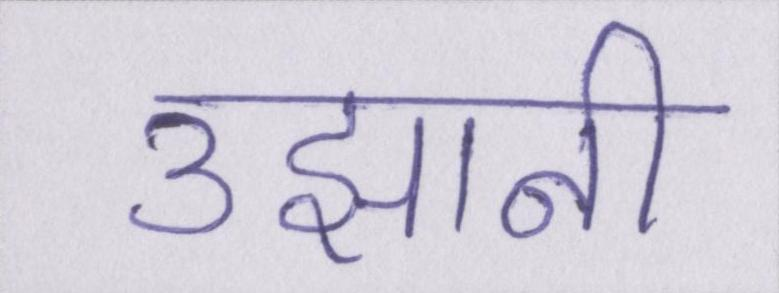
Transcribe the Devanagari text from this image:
उझानी